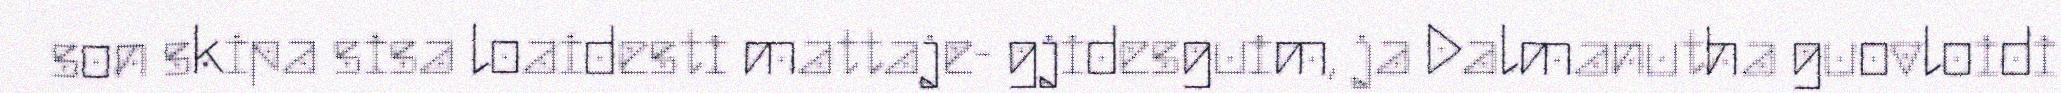
son skipa sisa loaidesti mattaje- gjidesguim, ja Dalmanutha guovloidi